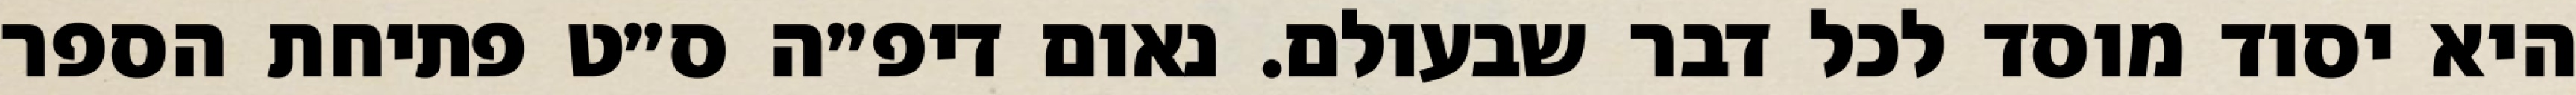
היא יסוד מוסד לכל דבר שבעולם. נאום דיפ״ה ס״ט פתיחת הספר